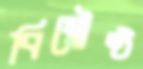
বিম্বৌষ্ঠ